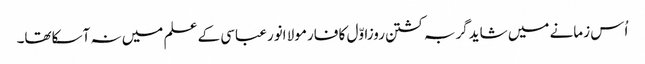
اُس زمانے میں شایدگربہ کشتن روزاوّل کا فارمولا انورعباسی کے علم میں نہ آسکاتھا۔